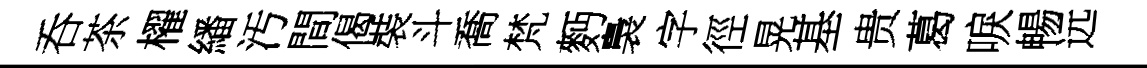
呑茶櫂繙汚間偈裝斗喬梵麪裊字徑晃基贵葛唳暢远